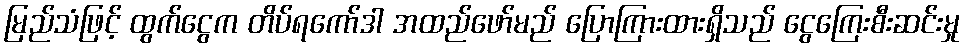
မြည်သံဖြင့် ထွက်ငွေက တိပ်ရကော်ဒါ အထည်ဖော်မည် ပြောကြားထားရှိသည် ငွေကြေးစီးဆင်းမှု